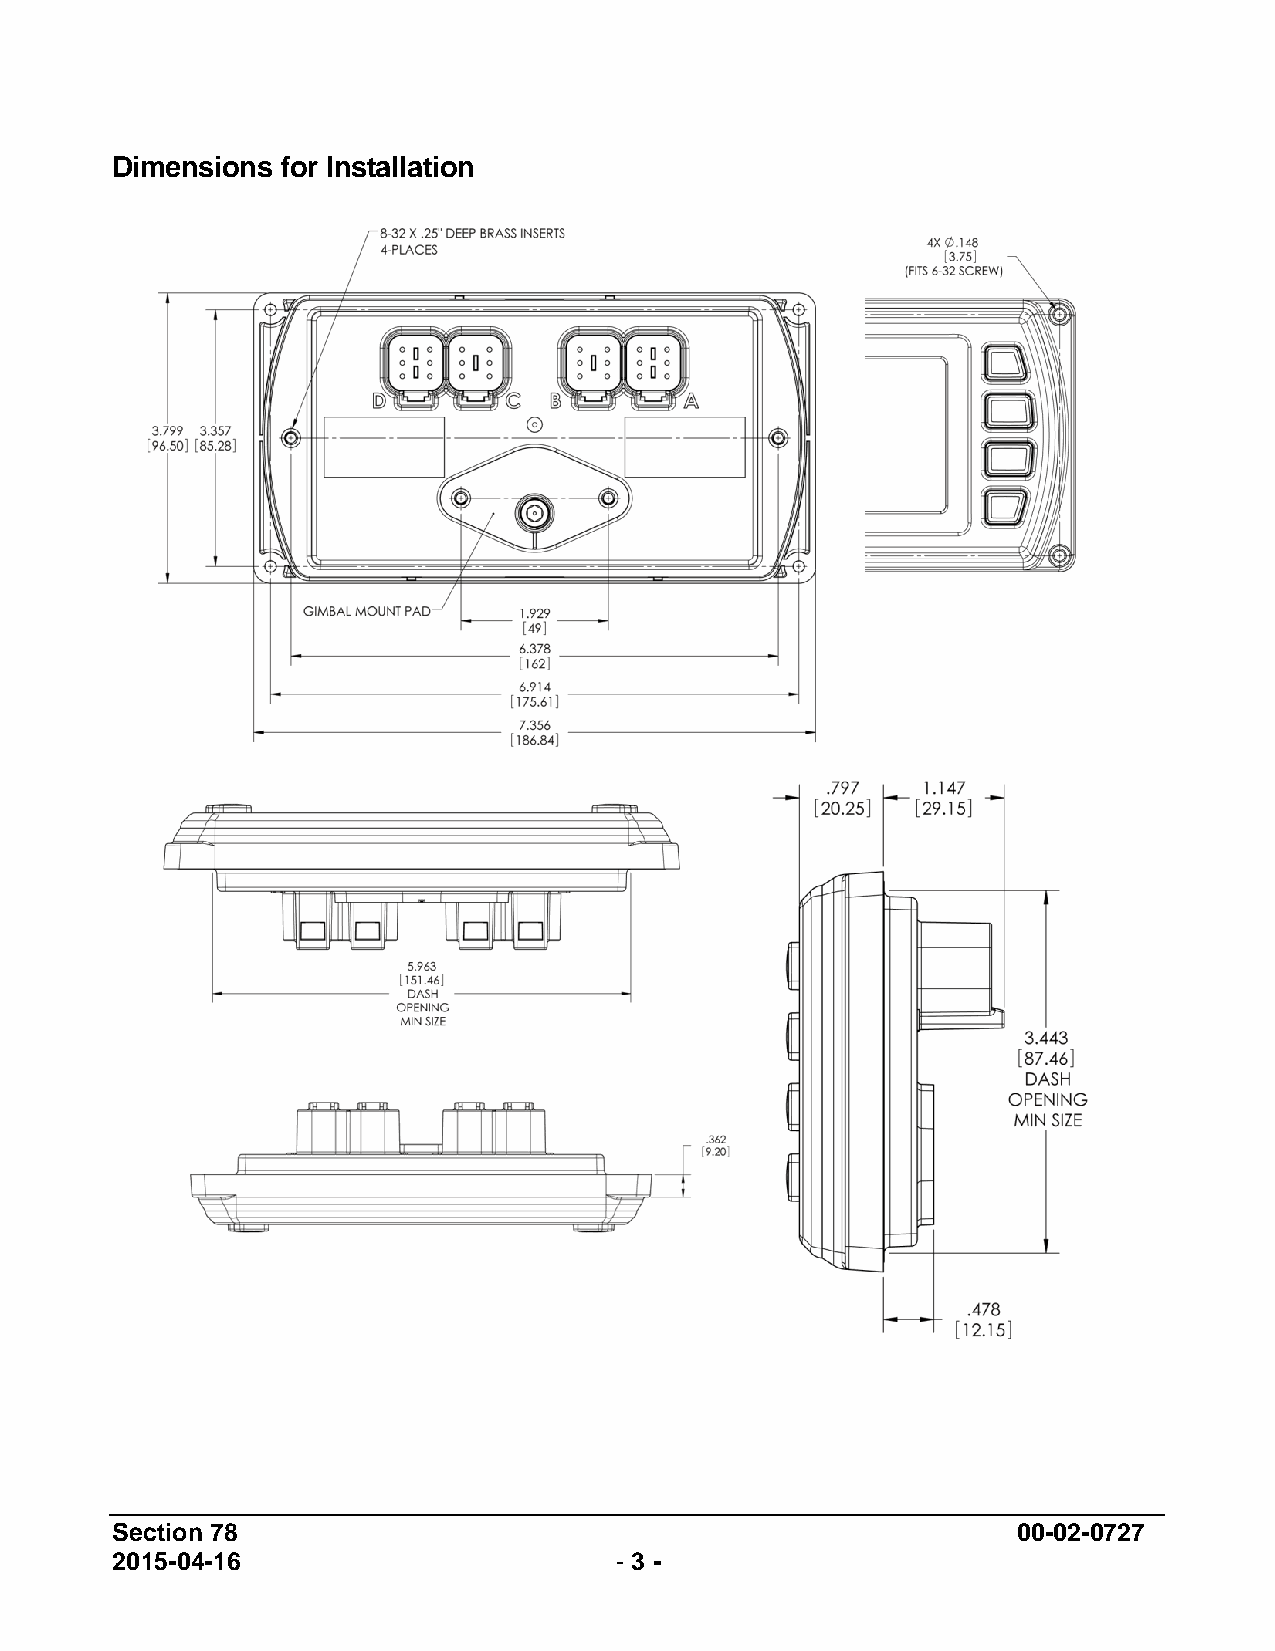
Dimensions  for Installation
 Section 78                                                  00-02-0727
 2015-04-16                        - 3 -